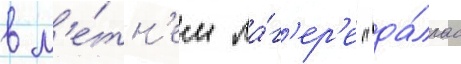
в л'е́тн'ем ла́г'ер'е "да́ллас